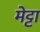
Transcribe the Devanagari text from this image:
मेट्टा